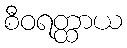
စီဝရတ္ထာယ